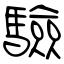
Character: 驗